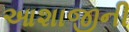
આશાજીની